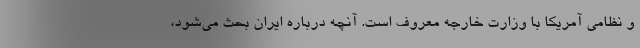
و نظامی آمریکا با وزارت خارجه معروف است. آنچه درباره ایران بحث می‌شود،